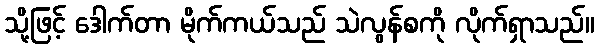
သို့ဖြင့် ဒေါက်တာ မိုက်ကယ်သည် သဲလွန်စကို လိုက်ရှာသည်။